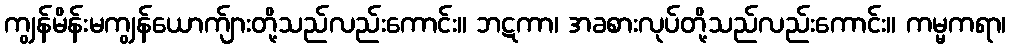
ကျွန်မိန်းမကျွန်ယောက်ျားတို့သည်လည်းကောင်း။ ဘဋကာ၊ အခစားလုပ်တို့သည်လည်းကောင်း။ ကမ္မကရာ၊